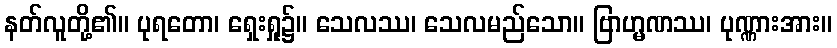
နတ်လူတို့၏။ ပုရတော၊ ရှေးရှု၌။ သေလဿ၊ သေလမည်သော။ ဗြာဟ္မဏဿ၊ ပုဏ္ဏားအား။